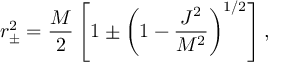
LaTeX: r _ { \pm } ^ { 2 } = { \frac { M } { 2 } } \left[ 1 \pm \left( 1 - { \frac { J ^ { 2 } } { M ^ { 2 } } } \right) ^ { 1 / 2 } \right] ,